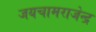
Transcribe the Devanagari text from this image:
जयचामराजेन्द्र